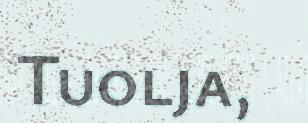
Tuolja,